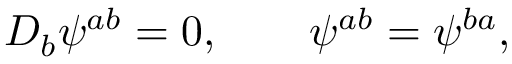
{ \cal D } _ { b } \psi ^ { a b } = 0 , \quad \quad \psi ^ { a b } = \psi ^ { b a } ,